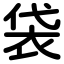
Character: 袋